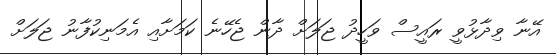
އޭނާ ވިދާޅުވީ ރައީސް ވަހީދު ޖަލަށް ދާން ޖެހޭނެ ކަމަށާއި އެމަނިކުފާނު ޖަލަށް